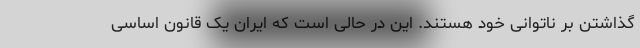
گذاشتن بر ناتوانی خود هستند. این در حالی است که ایران یک قانون اساسی